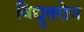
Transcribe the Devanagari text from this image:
विद्युतरोध